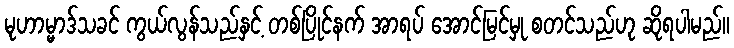
မုဟာမ္မာဒ်သခင် ကွယ်လွန်သည်နှင့် တစ်ပြိုင်နက် အာရပ် အောင်မြင်မှု စတင်သည်ဟု ဆိုရပါမည်။